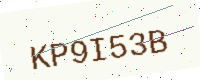
Text: KP9I53B